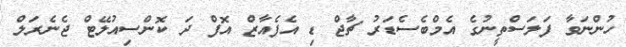
ހުންނަވާ ފަލަސްތީނުގެ އެމްބެސެޑަރު ޗާޖް ޑި އެފެއާޒް އޮފް ދަ ކޮންސިއުލޭޓް ޖެނެރަލް